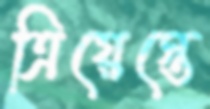
ত্রিয়েস্তে